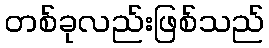
တစ်ခုလည်းဖြစ်သည်